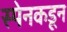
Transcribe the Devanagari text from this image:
स्पेनकडून